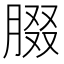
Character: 腏